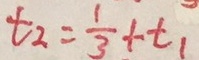
t _ { 2 } = \frac { 1 } { 3 } + t _ { 1 }